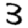
Digit: 3